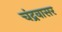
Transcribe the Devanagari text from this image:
चंद्रवासर